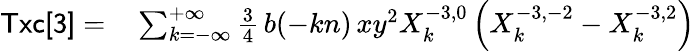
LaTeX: \begin{array}{rl}{{\sf Txc[3]}=}&{{}\sum_{k=-\infty}^{+\infty}\frac{3}{4}\, b(-kn)\, xy^{2}X_{k}^{-3,0}\left(X_{k}^{-3,-2}-X_{k}^{-3,2}\right)}\end{array}